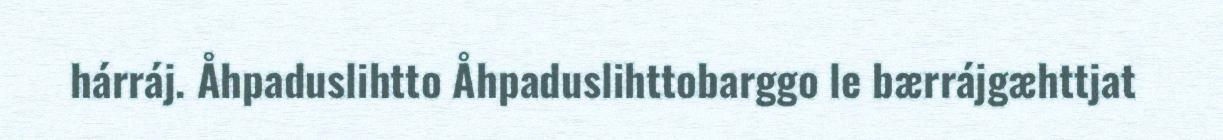
hárráj. Åhpaduslihtto Åhpaduslihttobarggo le bærrájgæhttjat